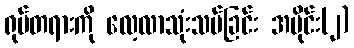
ရုပ်တရားကို လေ့လာသုံးသပ်ခြင်း အပိုင်း(၂)